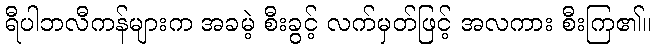
ရီပါဘလီကန်များက အခမဲ့ စီးခွင့် လက်မှတ်ဖြင့် အလကား စီးကြ၏။